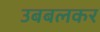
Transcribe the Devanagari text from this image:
उबबलकर